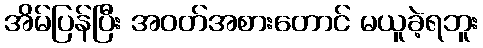
အိမ်ပြန်ပြီး အဝတ်အစားတောင် မယူခဲ့ရဘူး